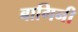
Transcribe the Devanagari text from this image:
बागिनी